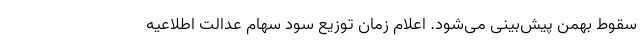
سقوط بهمن پیش‌بینی می‌شود. اعلام زمان توزیع سود سهام عدالت اطلاعیه